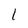
Character: 1